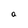
Character: a